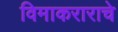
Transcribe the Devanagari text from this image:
विमाकराराचे